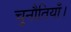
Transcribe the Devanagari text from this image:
चुनौतियाँ।